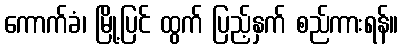
ကောက်ခံ၊ မြို့ပြင် ထွက် ပြည့်နှက် စည်ကားရန်။